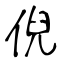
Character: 倪